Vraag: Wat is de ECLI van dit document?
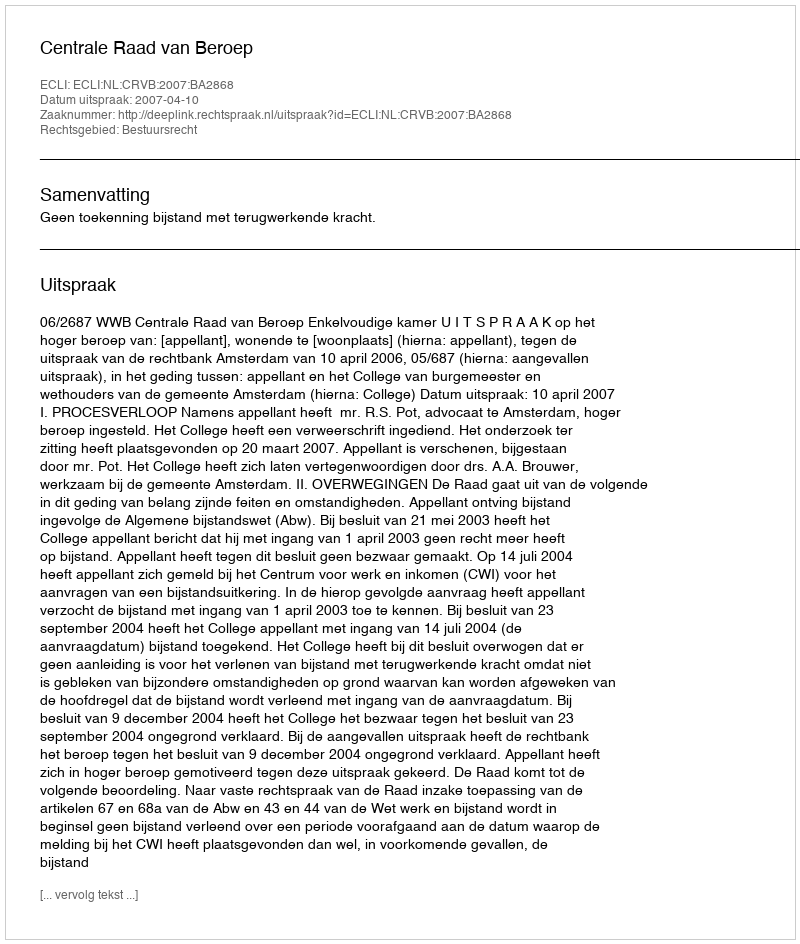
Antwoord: ECLI:NL:CRVB:2007:BA2868